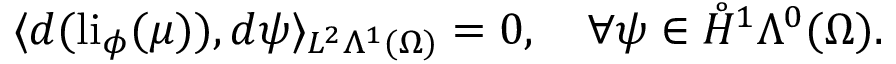
\langle d ( \mathrm { l i } _ { \phi } ( \mu ) ) , d \psi \rangle _ { L ^ { 2 } \Lambda ^ { 1 } ( \Omega ) } = 0 , \quad \forall \psi \in \mathring { H } ^ { 1 } \Lambda ^ { 0 } ( \Omega ) .